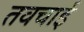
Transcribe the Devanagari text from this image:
तवचाई